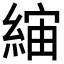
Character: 𦁖